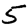
Digit: 5